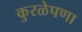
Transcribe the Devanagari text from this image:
कुरळेपणा